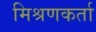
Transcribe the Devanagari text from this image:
मिश्रणकर्ता